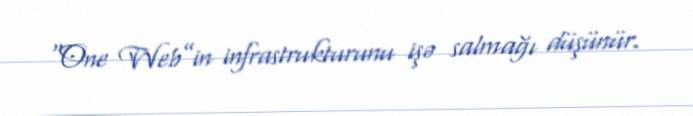
“One Web”in infrastrukturunu işə salmağı düşünür.